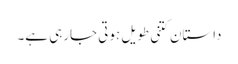
داستان کتنی طویل ہوتی جارہی ہے۔